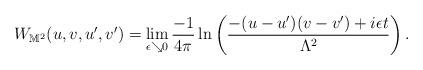
LaTeX: \begin{align*} W_{\mathbb{M}^2}(u, v, u', v') = \lim_{\epsilon \searrow 0} \frac{- 1}{4\pi} \ln\left(\frac{-(u - u')(v - v') + i \epsilon t}{\Lambda^2}\right).\end{align*}